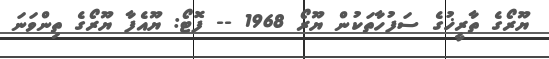
ޔޫރޯގެ ތާރީޚުގެ ސަފުހާތަކުން ޔޫރޯ 1968 -- ފޮޓޯ: ޔޫއެފާ ޔޫރޯގެ ތިންވަނަ